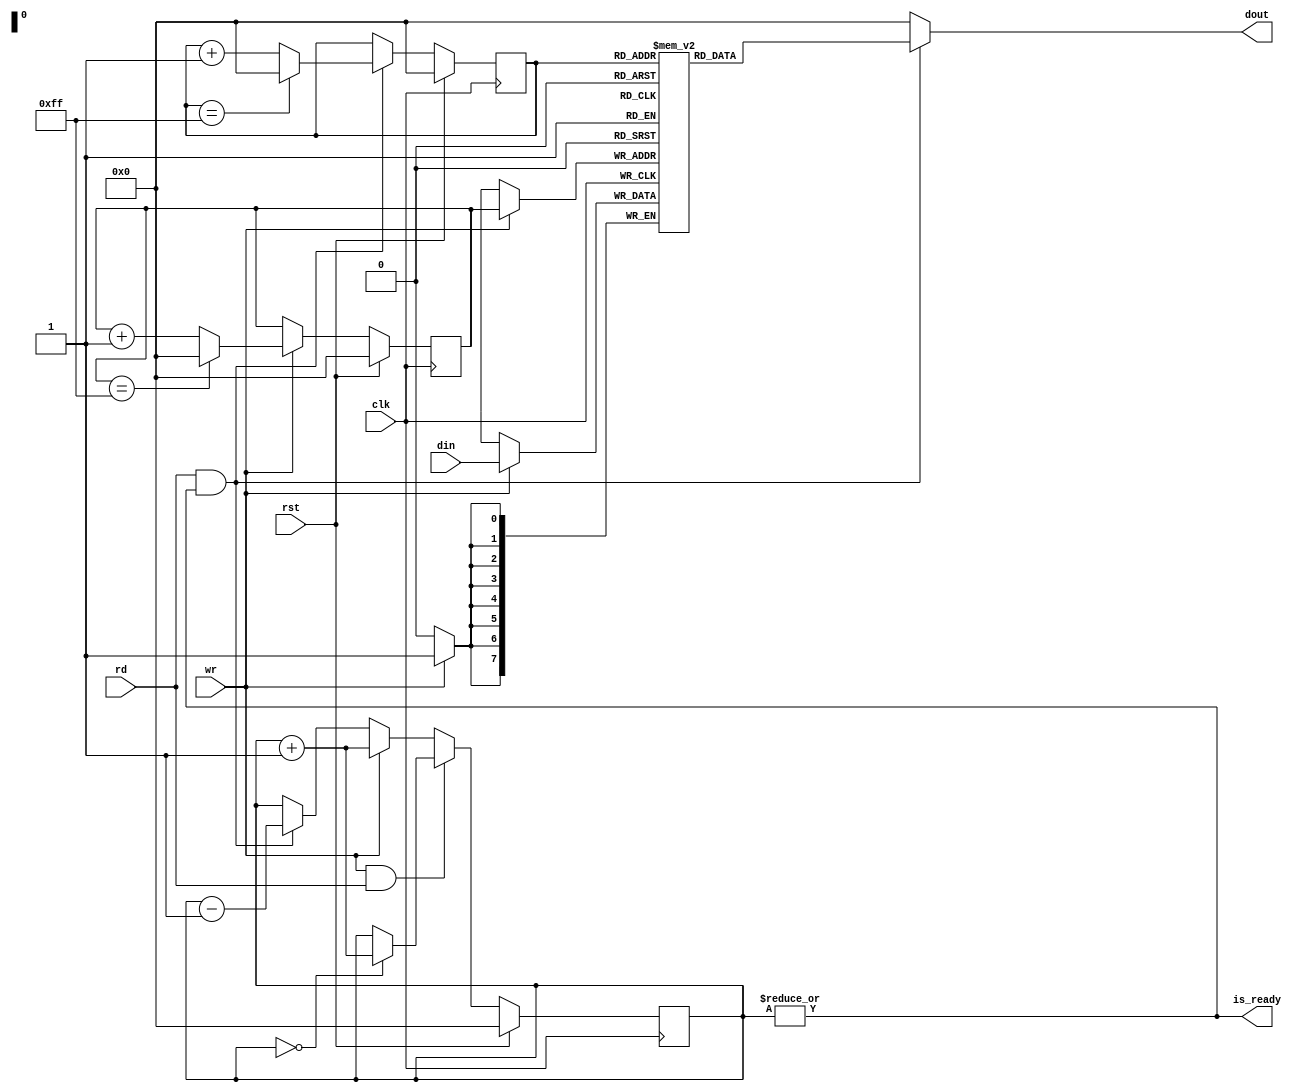
module fifo_mem
#(
	parameter BIT_WIDTH = 'd8,
    parameter MEM_SIZE = 'd256
)
(
	input clk,
	input rst,	
    
    input wire 					wr		,
    input wire 					rd		,
    input wire[BIT_WIDTH-1:0] 	din		,
    
    output wire					is_ready,
    output wire[BIT_WIDTH-1:0] 	dout
);
	localparam ADDR_WIDTH = $clog2(MEM_SIZE); 
    
	reg[BIT_WIDTH-1 : 0] mem[0:MEM_SIZE-1];
    reg[ADDR_WIDTH-1:0] head,tail,count;
    
    // assign is_full = count == MEM_SIZE;
    assign is_ready = |count;
    assign dout = (rd && |count) ? mem[head] : 0;
    
    always@(posedge clk)
    begin
    	if(rst)
        	head <= 0;
        else if(rd && |count)
        	if(head == MEM_SIZE-1)
            	head <= 0;
            else
        		head <= head + 1;
    end 
    
    always@(posedge clk)
    begin
    	if(rst)
        	tail <= 0;
        else if(wr && count != MEM_SIZE)
        	if(tail == MEM_SIZE-1)
            	tail <= 0;
            else
        		tail <= tail + 1;
    end 
    
    always@(posedge clk)
    begin
    	if(rst)
        	count <= 0;
        else if(wr & rd)
        begin
        	if(count == 0) //  0
                	count <= count + 1;
        end else
        	if(wr && count != MEM_SIZE)
            	count <= count + 1;
            else if(rd && |count)
            	count <= count - 1;
    end 
    
    always@(posedge clk)
    begin
    	if(wr && count != MEM_SIZE)
        	mem[tail] <= din;
    end 
endmodule